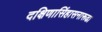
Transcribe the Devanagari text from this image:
दक्षिणासिंहासनारूढा